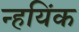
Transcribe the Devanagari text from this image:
न्हयिंक